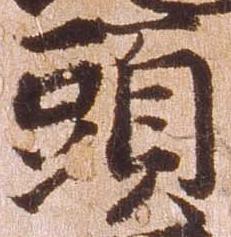
頭